Civil Veterinary Department. United Provinces 1932-42 - 1932-1942
Year: 1932
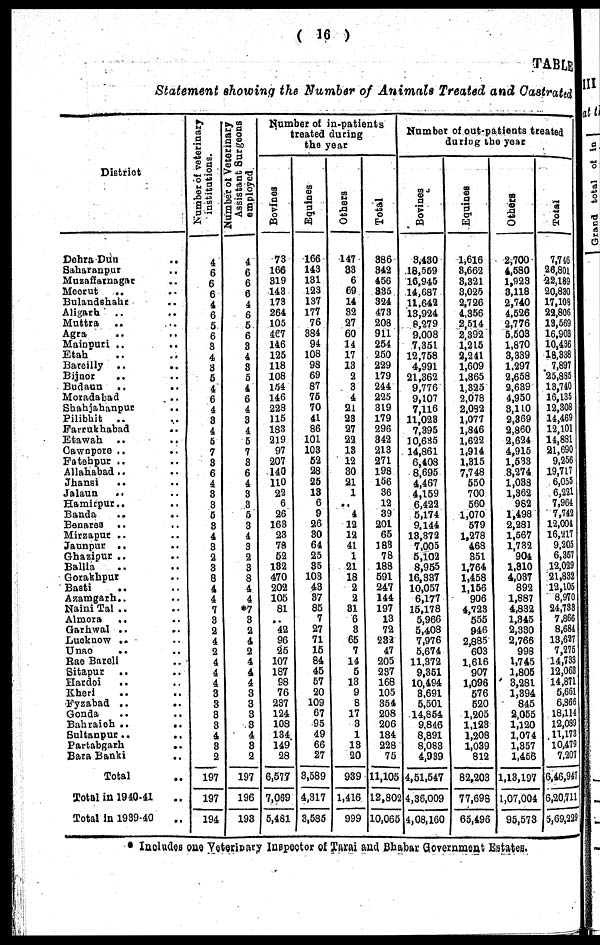
( 16 )
TABLE
Statement showing the Number of Animals Treated and Castrated
District
Dehra Dun
..
Saharanpur
Muzaffarnagar
Meerut
..
Bulandshahur
Aligarh
Muttra
Agra
Mainpuri ..
Etah
Bareilly ..
..
Bijnor
..
Budaun
Moradabad
Shahjahanpur
Pilibhit
..
Farrukhabad
Etawah
Cawnpore ..
Fatehpur ..
Allahabad..
Jhansi
Jalaun
..
Hamirpur..
Banda
..
..
Benares ..
Mirzapur ..
Jaunpur ..
Ghazipur ..
Ballia
Gorakhpur
Basti
Azamgarh..
Naini Tal ..
Almora
..
Garhwal ..
Lucknow ..
Unao
..
Rae Bareli
Sitapur
Hardoi
Kheri
Fyzabad ..
..
Gonda
Bahraich ..
..
Sultanpur.
Partabgarh
Bara Banki
Total
..
Total in 1940-41 ..
Total In 1939-40 ..
Number of veterinary
institutions.
4
6
6
6
4
6
5
6
3
4
3
5
4
6
4
3
4
5
7
8
6
4
3
3
5
3
4
3
2
3
8
4
4
7
3
2 4
2
4
4
4
3
3
8
3
4
3
2
197
197
194
Number of Veterinary
Assistant Surgeons
employed.
4
6
6
6
4
6
5
6
3
4
3
5
4
6
4
3
4
5
7
8
6
4
3
3
5
3
4
3
2
3
8
4
4
*7
3
2
4
2
4
4
4
3
3
3
3
4
3
2
197
196
193
Number of in-patients
treated during
the year
Bovines
73
166
319
143
173
264
105
467
146
125
118
108
154
146
228
115
183
219
97
207
140
110
22
6
26
163
23
78
52
182
470
202
105
81
..
42
96
25
107
187
98
76
237
124
108
134
149
28
6,577
7,069
5,481
Equines
166
143
131
123
137
177
76
384
94
108
98
69
87
75
70
41
86
101
103
52
28
25
13
6
9
26
30 64
25
35
103
43
37
85
7
27
71
15
84
45
57
20
109
67
95
49
66
27
3,589
4,317
3,535
Others
147
33
6
69
14
32
27
60
14
17
13
2
3
4
21
23
27
22
13
12
30
21
1
..
4
12
12
41
1
21
18
2
2
31
6
3
65
7
14
5
13
9
8
17
3
1
13
20
939
1,416
999
Total
386
842
456
335
324
473
208
911
254
250
229
179
244
225
319
179
296
842
213
271
198
156
36
12
39
201
65
183
78
188
591
247
144
197
13
72
232
47
205
237
168
105
354
208
206
184
228
75
11,105
12,80
10,065
Number of out-patients treated
during the year
Bovines
8,430
16,559
16,945
14,687
11,642
13,924
8,279
9,008
7,351
12,758
4,991
21,362
9,776
9,107
7,116
11,023
7,395
10,635
14,861
6,408
8,695
4,467
4,159
6,422
5,174
9,144
18,372
7,005
5,102
8,955
16,837
10,057
6,177
15,178
5,966
5,408
7,976
5,674
11,372
9,351
10,494
8,691
5,501
14,854
9,846
8,891
8,083
4,939
4,51,547
2 4,36,009
4,08,160
Equines
1,616
3,662
3,321
3,025
2,726
4,356
2,514
2,392
1,215
2,241
1,609
1,865
1,825
2,078
2,082
1,077
1,846
1,622
1,914
1,315
7,748
550
700
560
1,070
579
1,278
463
351
1,764
1,458
1,156
906
4,723
555
946
2,885
603
1,616
907
1,096
576
520
1,205
1,123
1,208
1,039
812
82,203
77,698
65,496
Others
2,700
4,580
1,923
3,118
2,740
4,526
2,776
5,503
1,870
3,339
1,297
2,658
2,689
4,950
3,110
2,369
2,860
2,624
4,915
1,533
3,274
1,088
1,362
962
1,498
2,281
1,567
1,782
904
1,810
4,037
892
1,887
4,832
1,345
2,330
2,766
998
1,745
1,805
3,281
1,394
845
2,055
1,120
1,074
1,357
1,456
1,13,197
1,07,004
95,578
Total
7,746
26,801
22,189
20,830
17,108
22,806
13,569
16,903
10,436
18,338
7,897
25,885
18,740
16,135
12,308
14,469
12,101
14,881
21,690
9,256
19,717
6,055
6,221
7,964
7,742
12,004
16,217
9,205
6,367
12,029
21,832
12,105
8,970
24,733
7,866
8,684
13,627
7,275
14,733
12,063
14,871
5,661
6,366
18,114
12,089
11,173
10,479
7,207
6,46,947
6,20,711
5,69,229
Includes one Veterinary inspector of Tarai and Bhabar Government Estates,